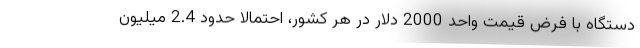
دستگاه با فرض قیمت واحد 2000 دلار در هر کشور، احتمالا حدود 2.4 میلیون